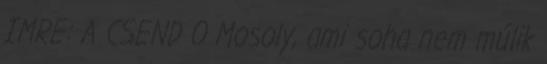
IMRE: A CSEND 0 Mosoly, ami soha nem múlik